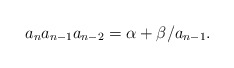
\begin{align*} a_na_{n-1}a_{n-2}=\alpha+\beta/a_{n-1}.\end{align*}